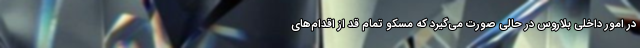
در امور داخلی بلاروس در حالی صورت می‌گیرد که مسکو تمام قد از اقدام‌های